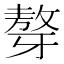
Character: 𤘒